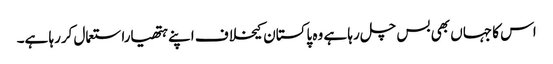
اس کا جہاں بھی بس چل رہا ہے وہ پاکستان کیخلاف اپنے ہتھیاراستعمال کررہا ہے۔